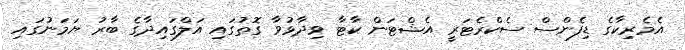
އެމެރިކާގެ ޑިފެންސް ސެކްރެޓަރީ އެޝްޓަން ކާޓާ ވިދާޅުވާ ގޮތުގައި އަލްގައިދާގެ ބާރު ޔަމަނުގައި